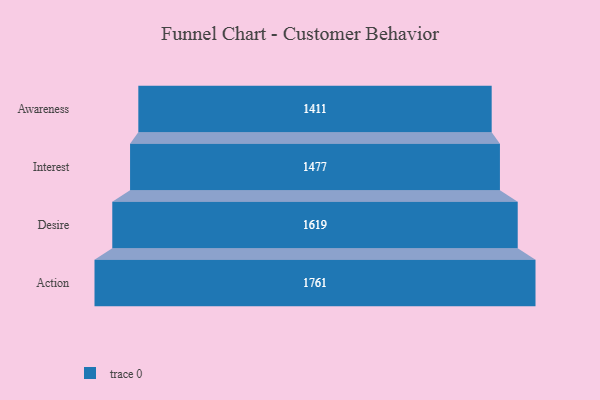
{"axis": {"x": "Stage", "y": "Value"}, "legend": [""], "data": [{"x": "Awareness", "y": 1411.0, "type": ""}, {"x": "Interest", "y": 1477.0, "type": ""}, {"x": "Desire", "y": 1619.0, "type": ""}, {"x": "Action", "y": 1761.0, "type": ""}]}